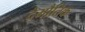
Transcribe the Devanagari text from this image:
देमौतिक